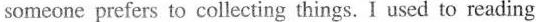
someone prefers to collecting things. I used to reading